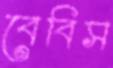
বেবিস